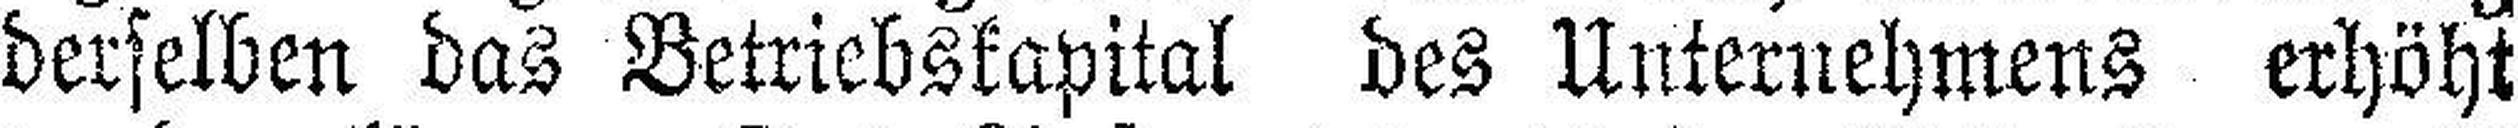
derselben das Betriebskapital des Unternehmens erhöht